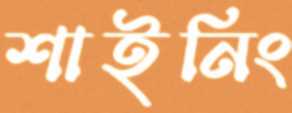
শাইনিং